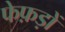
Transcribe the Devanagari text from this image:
फेफ़ड़ों